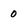
Character: 0